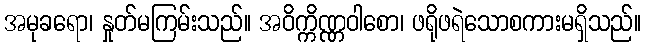
အမုခရော၊ နှုတ်မကြမ်းသည်။ အဝိက္ကိဏ္ဏဝါစော၊ ဖရိုဖရဲသောစကားမရှိသည်။